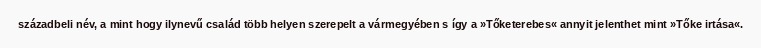
századbeli név, a mint hogy ilynevű család több helyen szerepelt a vármegyében s így a »Tőketerebes« annyit jelenthet mint »Tőke irtása«.